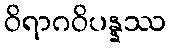
ဝိရာဂဝိပန္နဿ